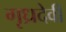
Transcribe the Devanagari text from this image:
गृध्रदेवी